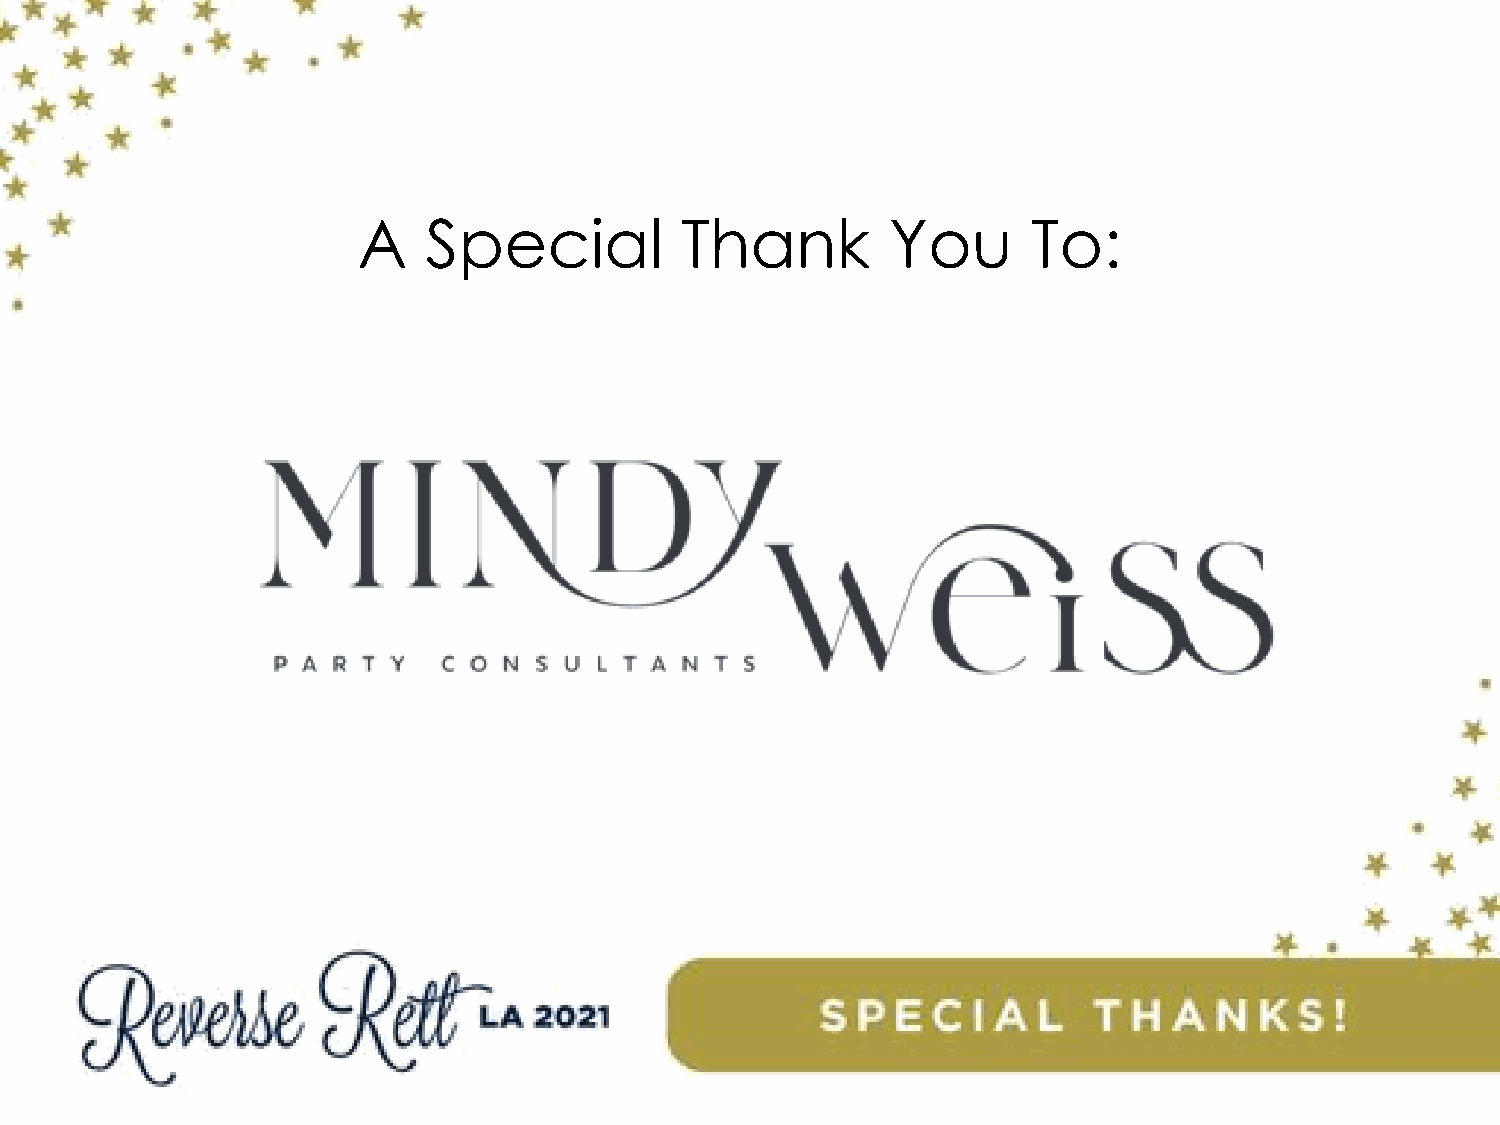
A   Special          Thank         You      To: